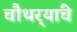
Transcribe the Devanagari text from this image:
चौथर्‍यांचे